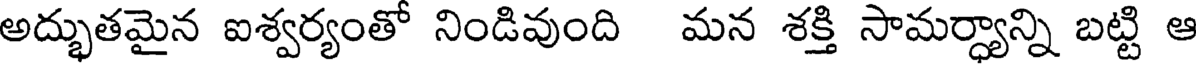
అద్భుతమైన ఐశ్వర్యంతో నిండివుంది మన శక్తి సామర్ధ్యాన్ని బట్టి ఆ